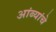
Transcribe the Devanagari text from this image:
आंब्यांचे